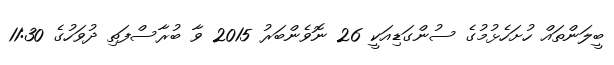
ބީލަންތައް ހުށަހެޅުމުގެ ސުންގަޑިއަކީ 26 ނޮވެންބަރު 2015 ވާ ބުރާސްފަތި ދުވަހުގެ 11:30